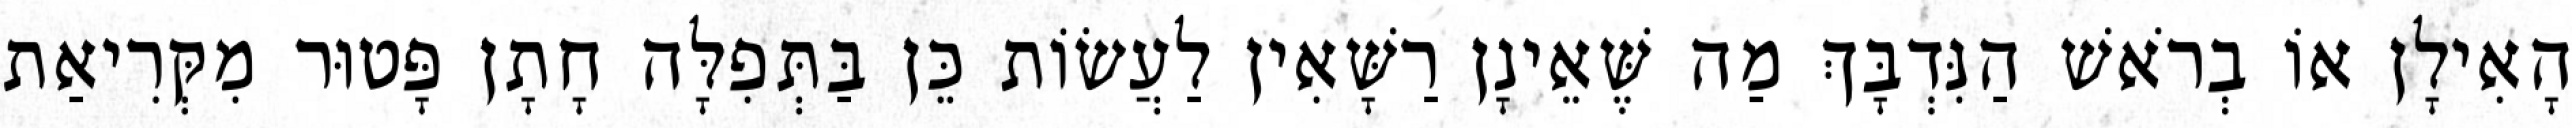
הָאִילָן אוֹ בְרֹאשׁ הַנִּדְבָּךְ מַה שֶּׁאֵינָן רַשָּׁאִין לַעֲשׂוֹת כֵּן בַּתְּפִלָּה חָתָן פָּטוּר מִקְּרִיאַת